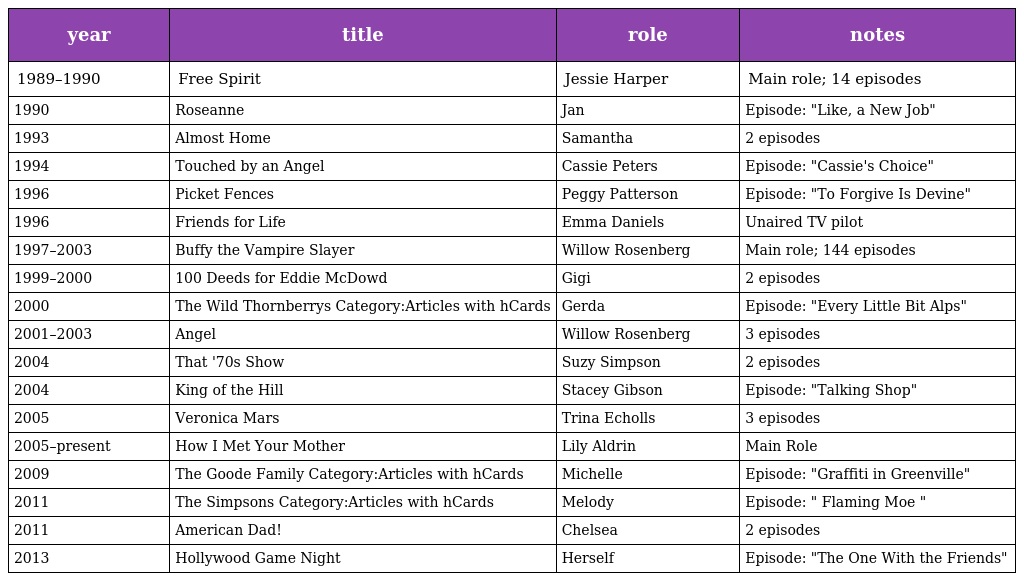
| year | title | role | notes |
 | --- | --- | --- | --- |
 | 1989–1990 | Free Spirit | Jessie Harper | Main role; 14 episodes |
 | 1990 | Roseanne | Jan | Episode: "Like, a New Job" |
 | 1993 | Almost Home | Samantha | 2 episodes |
 | 1994 | Touched by an Angel | Cassie Peters | Episode: "Cassie's Choice" |
 | 1996 | Picket Fences | Peggy Patterson | Episode: "To Forgive Is Devine" |
 | 1996 | Friends for Life | Emma Daniels | Unaired TV pilot |
 | 1997–2003 | Buffy the Vampire Slayer | Willow Rosenberg | Main role; 144 episodes |
 | 1999–2000 | 100 Deeds for Eddie McDowd | Gigi | 2 episodes |
 | 2000 | The Wild Thornberrys Category:Articles with hCards | Gerda | Episode: "Every Little Bit Alps" |
 | 2001–2003 | Angel | Willow Rosenberg | 3 episodes |
 | 2004 | That '70s Show | Suzy Simpson | 2 episodes |
 | 2004 | King of the Hill | Stacey Gibson | Episode: "Talking Shop" |
 | 2005 | Veronica Mars | Trina Echolls | 3 episodes |
 | 2005–present | How I Met Your Mother | Lily Aldrin | Main Role |
 | 2009 | The Goode Family Category:Articles with hCards | Michelle | Episode: "Graffiti in Greenville" |
 | 2011 | The Simpsons Category:Articles with hCards | Melody | Episode: " Flaming Moe " |
 | 2011 | American Dad! | Chelsea | 2 episodes |
 | 2013 | Hollywood Game Night | Herself | Episode: "The One With the Friends" |